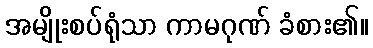
အမျိုးစပ်ရုံသာ ကာမဂုဏ် ခံစား၏။